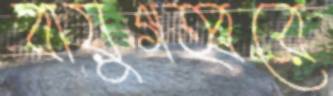
বায়ুগহ্বরে